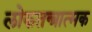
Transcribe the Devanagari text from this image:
लोकतन्त्रात्मक